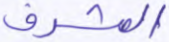
المشرف